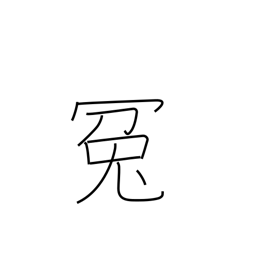
Meaning: false charge